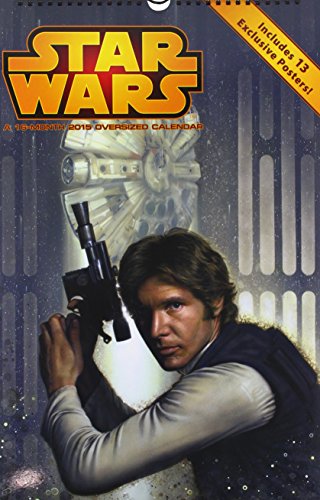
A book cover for Star Wars Saga 2015 Oversized Wall Calendar; Trends International; Calendars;